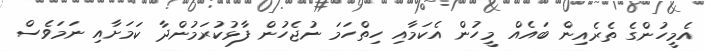
އެމީހުންގެ ތެރެއިން ބައެއް މީހުން އެކަމާއި ހިތްހަމަ ނުޖެހުން ފާޅުކުރަމުންދާ ކަމަށާއި ނަމަވެސް